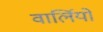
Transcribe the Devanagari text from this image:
वार्लियों